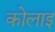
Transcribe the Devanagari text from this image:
कोलाइ